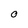
Character: 0